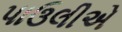
પાઉલીએ